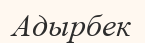
Адырбек